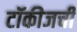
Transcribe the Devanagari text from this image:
टॉकीजची